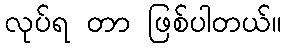
လုပ်ရ တာ ဖြစ်ပါတယ်။